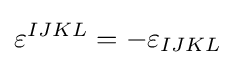
\varepsilon ^{IJKL}=-\varepsilon _{IJKL}